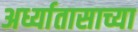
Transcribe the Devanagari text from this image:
अर्ध्यातासाच्या